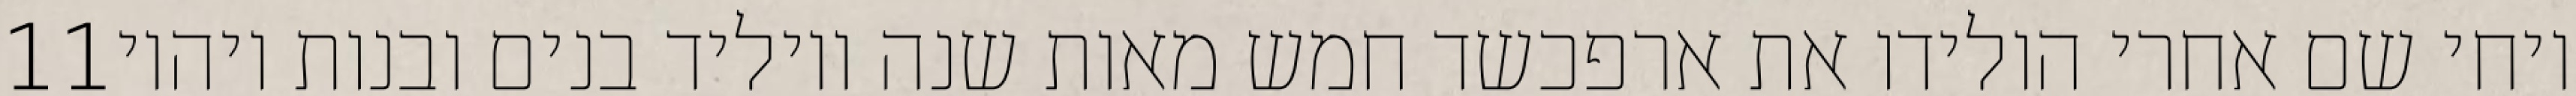
‎11‏ ויחי שם אחרי הולידו את ארפכשד חמש מאות שנה ויוליד בנים ובנות ויהיו